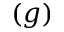
( g )